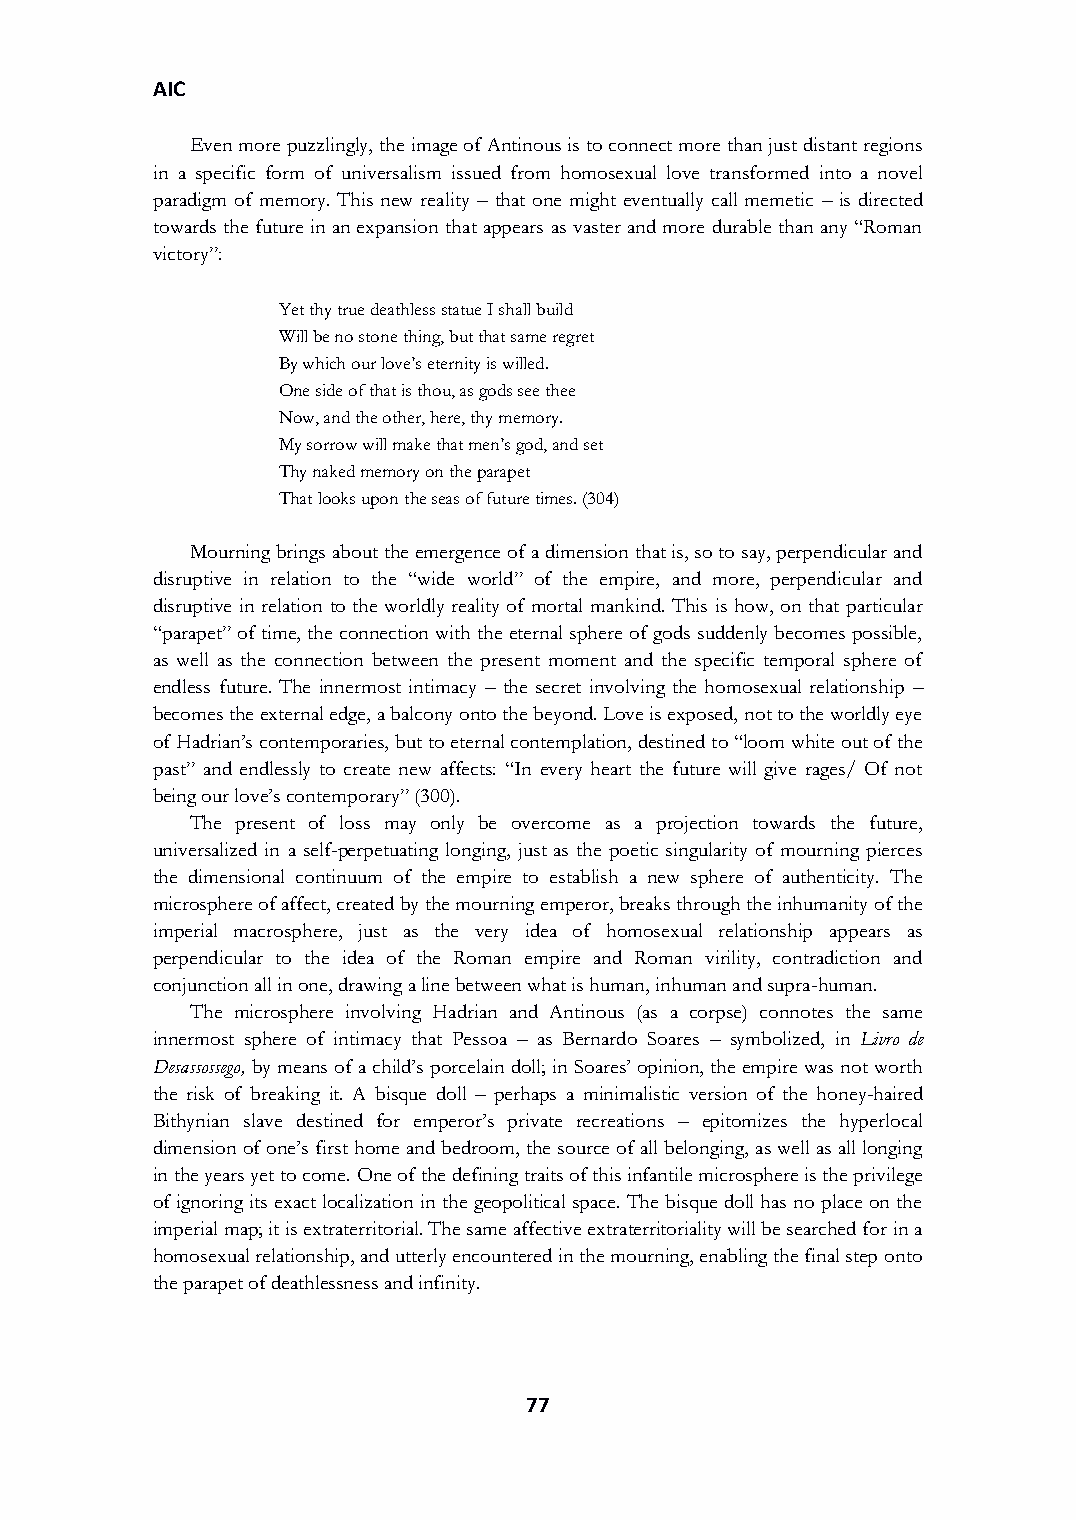
AIC
 Even more puzzlingly, the image of Antinous is to connect more than just distant regions
 in a specific form of universalism issued from homosexual love transformed into a novel
 paradigm of memory. This new reality – that one might eventually call memetic – is directed
 towards the future in an expansion that appears as vaster and more durable than any “Roman
 victory”:
 Yet thy true deathless statue I shall build
 Will be no stone thing, but that same regret
 By which our love’s eternity is willed.
 One side of that is thou, as gods see thee
 Now, and the other, here, thy memory.
 My sorrow will make that men’s god, and set
 Thy naked memory on the parapet
 That looks upon the seas of future times. (304)
 Mourning brings about the emergence of a dimension that is, so to say, perpendicular and
 disruptive in relation to the “wide world” of the empire, and more, perpendicular and
 disruptive in relation to the worldly reality of mortal mankind. This is how, on that particular
 “parapet” of time, the connection with the eternal sphere of gods suddenly becomes possible,
 as well as the connection between the present moment and the specific temporal sphere of
 endless future. The innermost intimacy – the secret involving the homosexual relationship –
 becomes the external edge, a balcony onto the beyond. Love is exposed, not to the worldly eye
 of Hadrian’s contemporaries, but to eternal contemplation, destined to “loom white out of the
 past” and endlessly to create new affects: “In every heart the future will give rages/ Of not
 being our love’s contemporary” (300).
 The present of loss may only be overcome as a projection towards the future,
 universalized in a self-perpetuating longing, just as the poetic singularity of mourning pierces
 the dimensional continuum of the empire to establish a new sphere of authenticity. The
 microsphere of affect, created by the mourning emperor, breaks through the inhumanity of the
 imperial macrosphere, just as the very idea of homosexual relationship appears as
 perpendicular to the idea of the Roman empire and Roman virility, contradiction and
 conjunction all in one, drawing a line between what is human, inhuman and supra-human.
 The microsphere involving Hadrian and Antinous (as a corpse) connotes the same
 innermost sphere of intimacy that Pessoa – as Bernardo Soares – symbolized, in Livro de
 Desassossego, by means of a child’s porcelain doll; in Soares’ opinion, the empire was not worth
 the risk of breaking it. A bisque doll – perhaps a minimalistic version of the honey-haired
 Bithynian slave destined for emperor’s private recreations – epitomizes the hyperlocal
 dimension of one’s first home and bedroom, the source of all belonging, as well as all longing
 in the years yet to come. One of the defining traits of this infantile microsphere is the privilege
 of ignoring its exact localization in the geopolitical space. The bisque doll has no place on the
 imperial map; it is extraterritorial. The same affective extraterritoriality will be searched for in a
 homosexual relationship, and utterly encountered in the mourning, enabling the final step onto
 the parapet of deathlessness and infinity.
 77